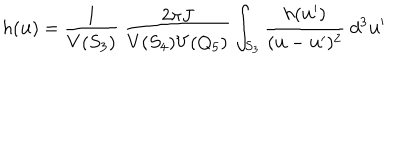
LaTeX: h ( { \bf u } ) = \frac { 1 } { V ( S _ { 3 } ) } \ \frac { 2 \pi J } { V ( S _ { 4 } ) V ( Q _ { 5 } ) } \int _ { S _ { 3 } } \frac { h ( { \bf u } ^ { \prime } ) } { ( { \bf u } - { \bf u } ^ { \prime } ) ^ { 2 } } \ d ^ { 3 } { \bf u } ^ { \prime }